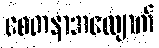
စေတနာအလျောက်